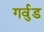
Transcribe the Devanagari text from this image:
गर्वुड